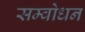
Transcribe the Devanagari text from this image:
सम्वोधन